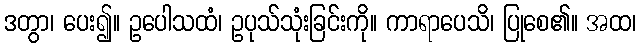
ဒတွာ၊ ပေး၍။ ဥပေါသထံ၊ ဥပုသ်သုံးခြင်းကို။ ကာရာပေသိ၊ ပြုစေ၏။ အထ၊